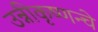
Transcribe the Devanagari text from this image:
उन्नीकृष्णन्चे